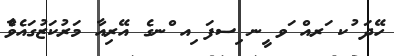
ހޭދަ ުކ ަރއް ަވ ީނ ިސފަ ިއ ްނގެ އޭރިއާ މަރުކަޒުގައެވެާ